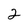
Character: 2